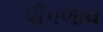
પીપળાવ